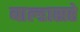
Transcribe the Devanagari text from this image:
बाल्डासरे